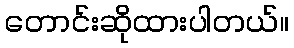
တောင်းဆိုထားပါတယ်။